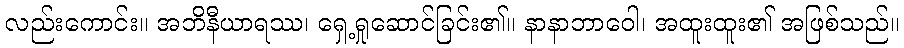
လည်းကောင်း။ အဘိနီယာရဿ၊ ရှေ့ရှုဆောင်ခြင်း၏။ နာနာဘာဝေါ၊ အထူးထူး၏ အဖြစ်သည်။